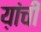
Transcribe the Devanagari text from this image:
य़ांची